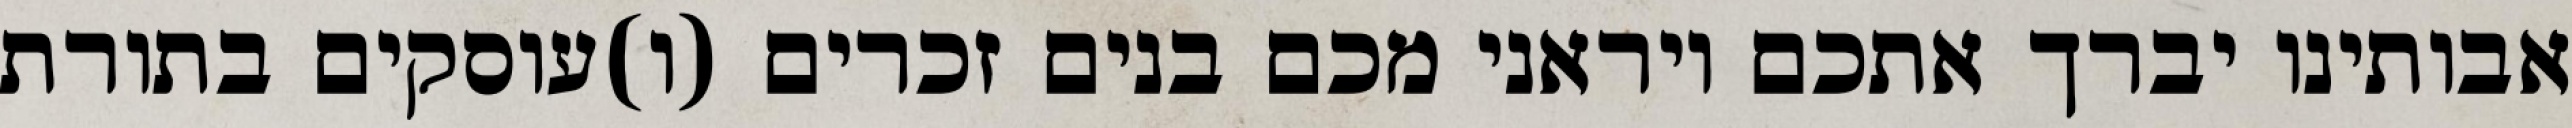
אבותינו יברך אתכם ויראני מכם בנים זכרים (ו)עוסקים בתורת